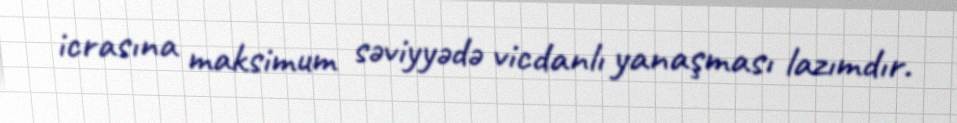
icrasına maksimum səviyyədə vicdanlı yanaşması lazımdır.